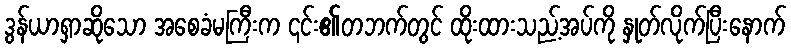
ဒွန်ယာရှာဆိုသော အစေခံမကြီးက ၎င်း၏တဘက်တွင် ထိုးထားသည့်အပ်ကို နှုတ်လိုက်ပြီးနောက်